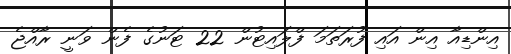
އިންޑިއާ އިން އައި ފުރަތަމަ ފްލައިޓުން 22 ޓަނުގެ ފެން ވަނީ ރާއްޖެ